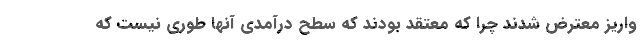
واریز معترض شدند چرا که معتقد بودند که سطح درآمدی آنها طوری نیست که